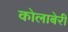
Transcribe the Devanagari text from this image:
कोलाबेरी